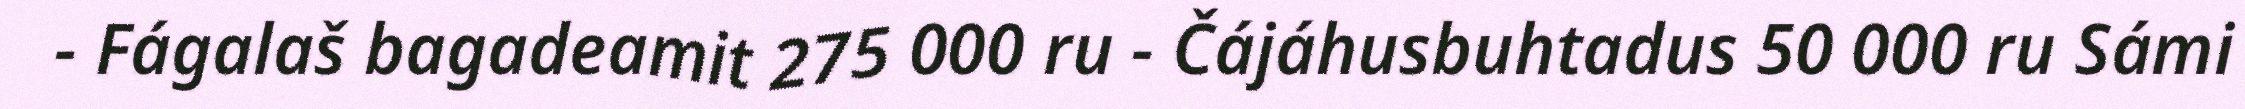
- Fágalaš bagadeamit 275 000 ru - Čájáhusbuhtadus 50 000 ru Sámi